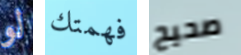
لو فهمتك صحيح